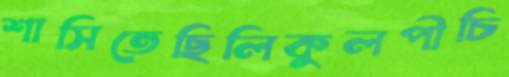
শাসিতেছিলিকুলপীচি